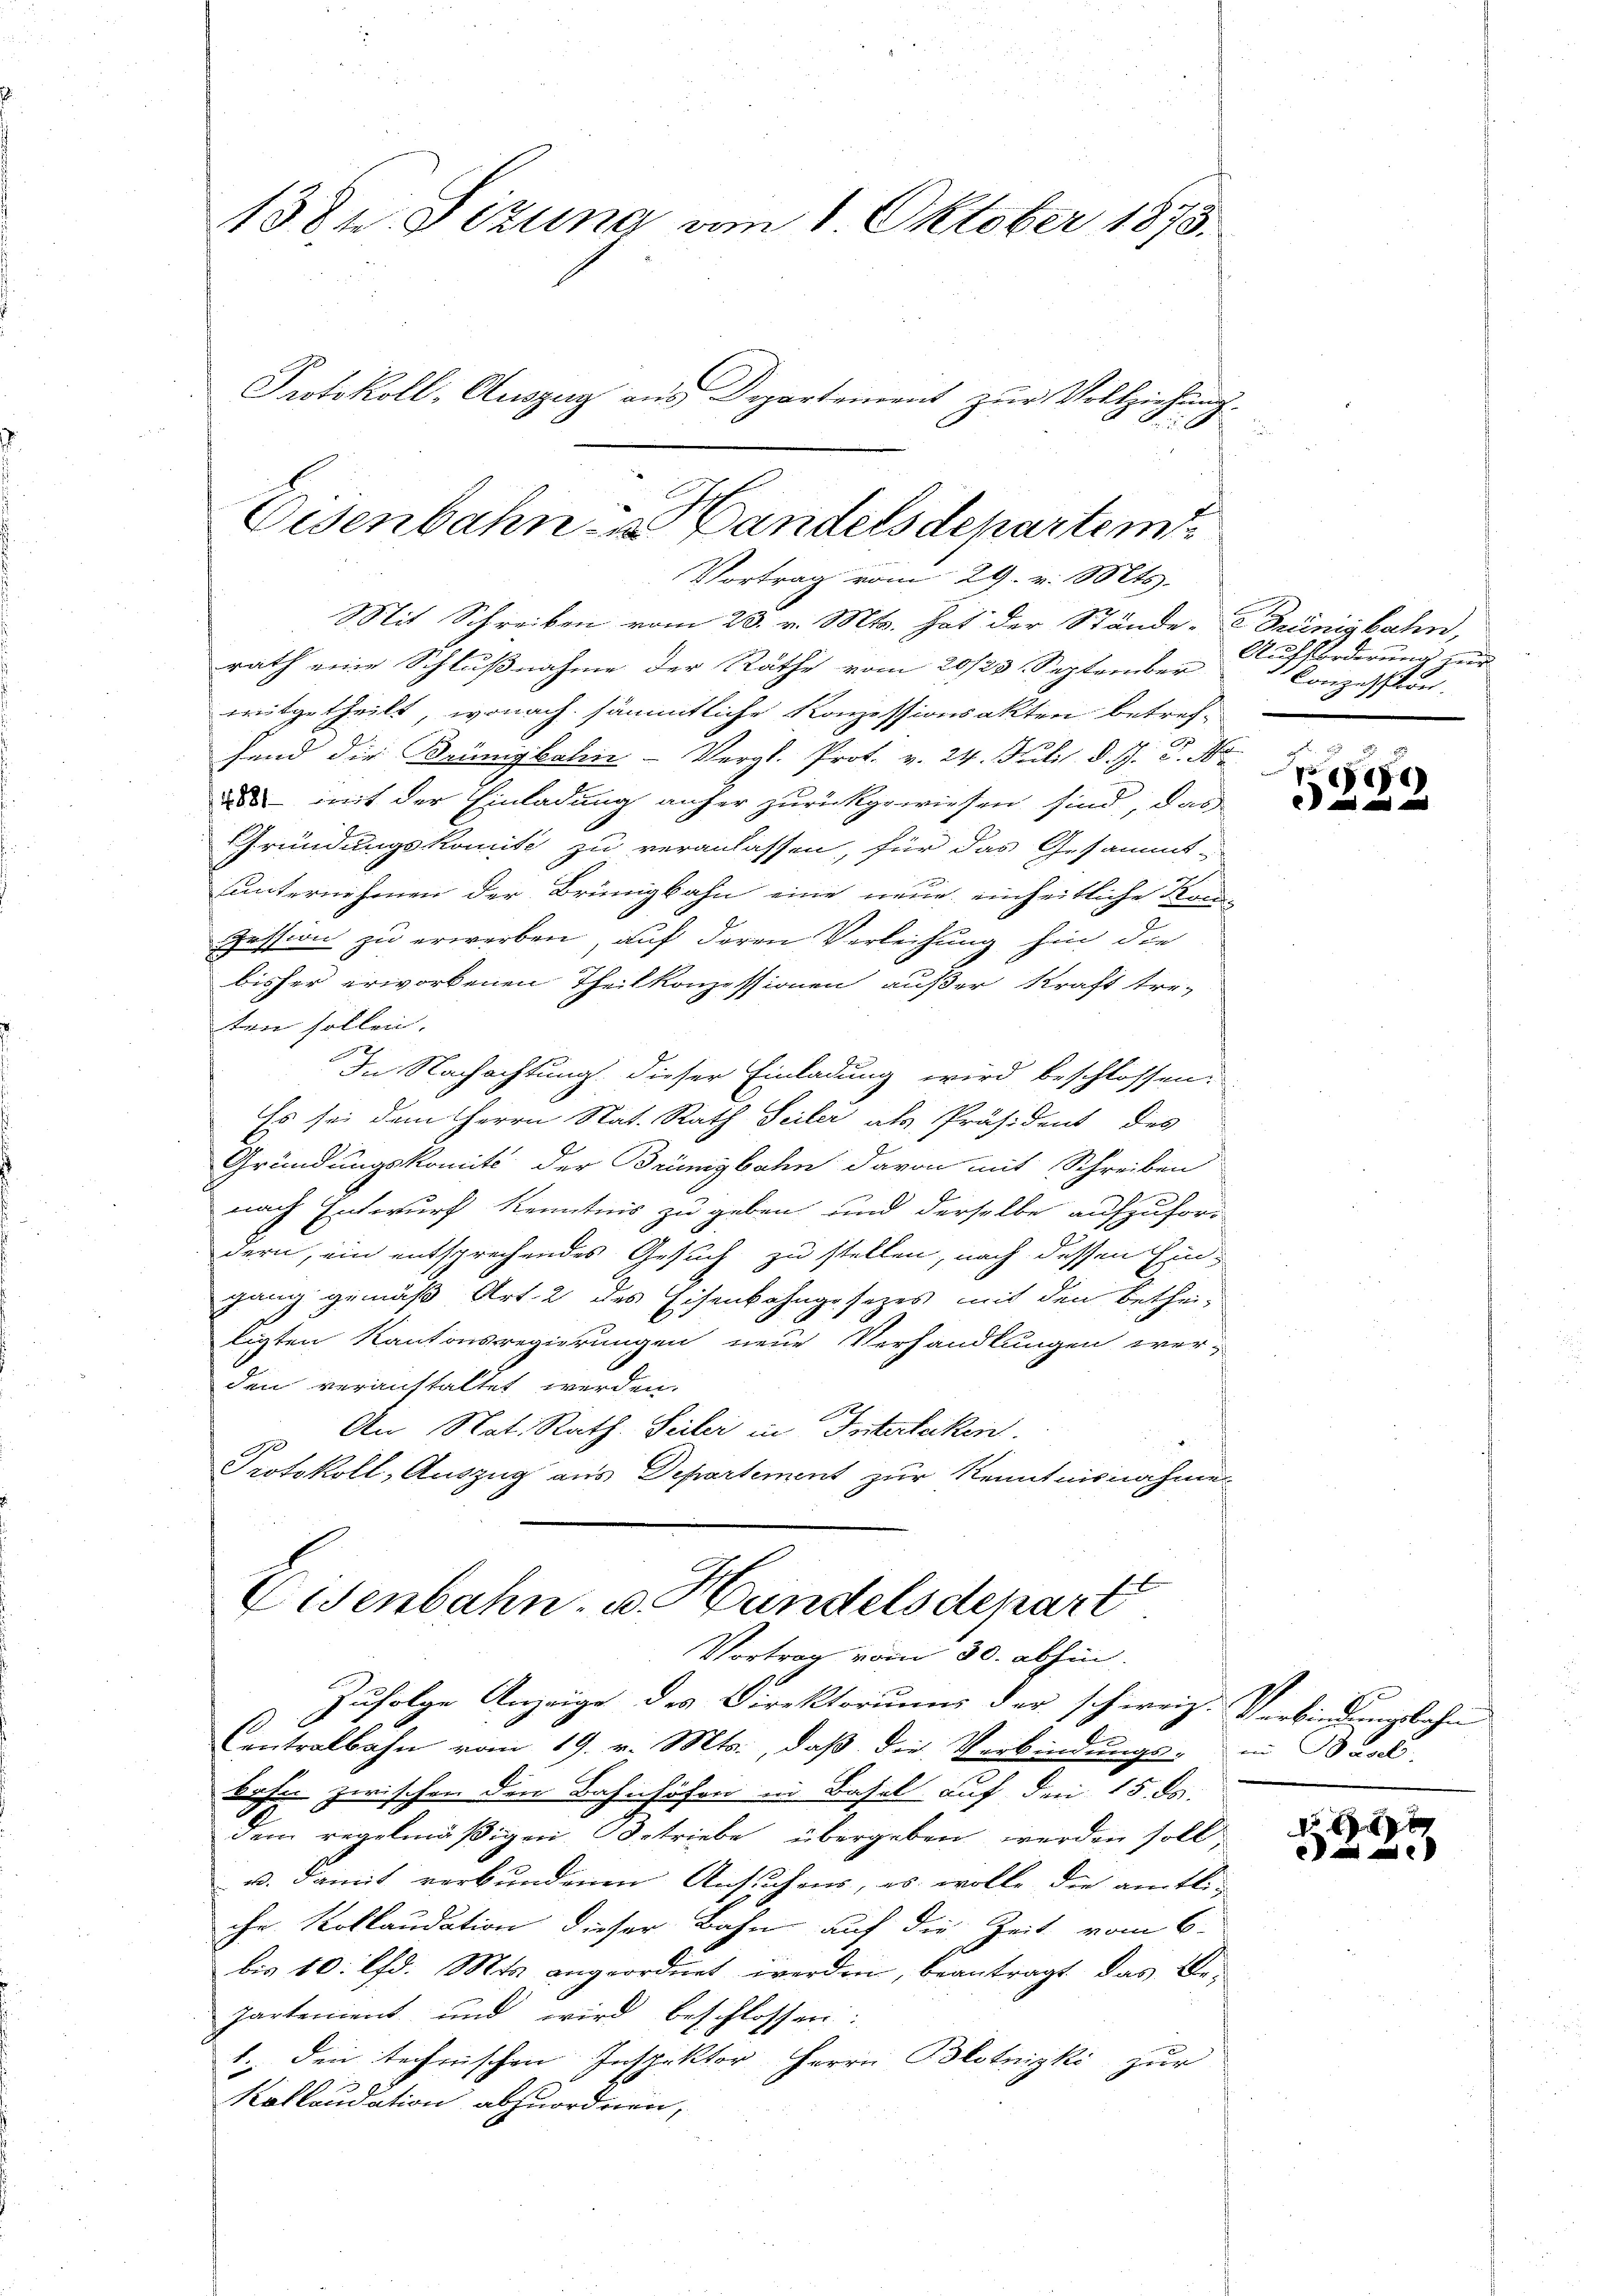
138 u. Sizung vom 1. Oktober 1873.
Protokoll-Auszug aus Departement zŭr Vollziehung.

Eisenbahn andelsdepartem
Vortrag vom 29. v. Mts.

Mit Schreiben vom 23. v. Mts. hat der Stände Grünigbahn,
rath eine Schlußnahme der Räthe vom 20/23. September
mitgetheilt, wonach sämmtliche Konzessionsakten betrefhend die Brünigbahn- Vergl. Prot. v. 24. Juli d. J. G. Na
ud mit der Einladung anher zurückgewiesen sind, das
Gründungskomite zu veranlassen, für das Gesammt-
unternehmen der Brünigbahn eine neue einheitliche Kan-
pession zu erwerben, auf deren Verleihung hin die
bisher erworbenen Theil konzessionen außer Kraft tre-
ten sollen. |
.
In Nachachtung dieser Einladung wird beschlossen:
Es sei dem Herrn Nat. Rath Seiler als Präsident des
Gründungskomité der Brünigbahn davon mit Schreiben
e
nach Entwurf Kenntnis zu geben und derselbe aufzufori-
dern, ein entsprechendes Gesuch zu stellen, nach dessen Eingang gemäß Art. 2 des Eisenbahngesezes mit den betheiligten Kantonsregierungen neue Verhandlungen werden veranstaltet werden.
p. An Nat. Rath. Seiler in Interlaken
Protokoll, Auszug aus Departement zur Kenntnisnahme
Eisenbahn- u. Handelsdepart

Zufolge Anzeige des Direktorium der schweiz. Verbindungsbahn
Centralbahn vom 19. v. Mts., daß die Verbindungs-
bahn zwischen den Bahnhöfen in Basel auf den 15. ds.
dem regelmäßigen Betriebe übergeben werden soll,
u. damit verbundenen Ansuchens, es wolle die amtliche Kollaudation dieser Bahn auf die Zeit vom 6.
bis 10. lfd. Mts. angeordnet werden, beantragt, das Be-
partement und wird beschlossen:
1. den technischen Inspektor Herrn Blotnizki zur
Kollaudation abzuordnen,

Vortrag vom 30. abhin.

Aufforderung zur
Conzession.

e
e

in Basel.

No 1x
a